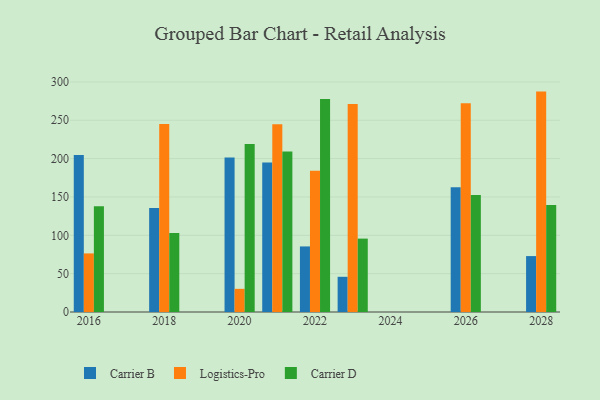
{"axis": {"x": "Year", "y": "LTV (USD)"}, "legend": ["Carrier B", "Carrier D", "Logistics-Pro"], "data": [{"x": "2018", "y": 135.6, "type": "Carrier B"}, {"x": "2018", "y": 245.0, "type": "Logistics-Pro"}, {"x": "2018", "y": 103.0, "type": "Carrier D"}, {"x": "2020", "y": 201.4, "type": "Carrier B"}, {"x": "2020", "y": 30.2, "type": "Logistics-Pro"}, {"x": "2020", "y": 219.1, "type": "Carrier D"}, {"x": "2022", "y": 85.5, "type": "Carrier B"}, {"x": "2022", "y": 184.1, "type": "Logistics-Pro"}, {"x": "2022", "y": 277.6, "type": "Carrier D"}, {"x": "2023", "y": 45.9, "type": "Carrier B"}, {"x": "2023", "y": 271.1, "type": "Logistics-Pro"}, {"x": "2023", "y": 95.7, "type": "Carrier D"}, {"x": "2028", "y": 72.9, "type": "Carrier B"}, {"x": "2028", "y": 287.4, "type": "Logistics-Pro"}, {"x": "2028", "y": 139.6, "type": "Carrier D"}, {"x": "2026", "y": 162.6, "type": "Carrier B"}, {"x": "2026", "y": 272.3, "type": "Logistics-Pro"}, {"x": "2026", "y": 152.5, "type": "Carrier D"}, {"x": "2016", "y": 204.7, "type": "Carrier B"}, {"x": "2016", "y": 76.4, "type": "Logistics-Pro"}, {"x": "2016", "y": 137.9, "type": "Carrier D"}, {"x": "2021", "y": 194.8, "type": "Carrier B"}, {"x": "2021", "y": 244.8, "type": "Logistics-Pro"}, {"x": "2021", "y": 209.4, "type": "Carrier D"}]}